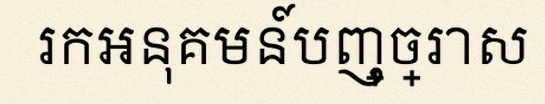
រកអនុគមន៍បញ្ច្រាស